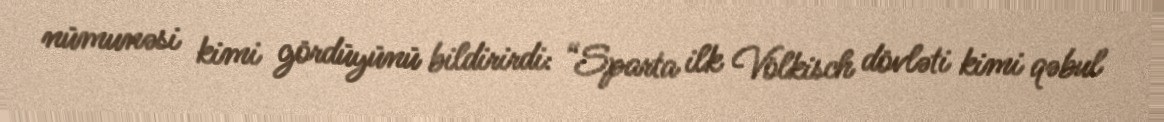
nümunəsi kimi gördüyünü bildirirdi: “Sparta ilk Völkisch dövləti kimi qəbul